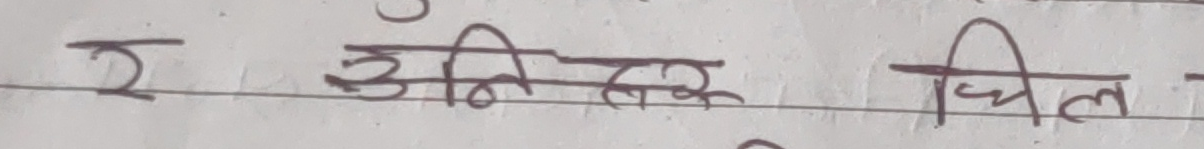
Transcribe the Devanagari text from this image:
र उनि तक चिल